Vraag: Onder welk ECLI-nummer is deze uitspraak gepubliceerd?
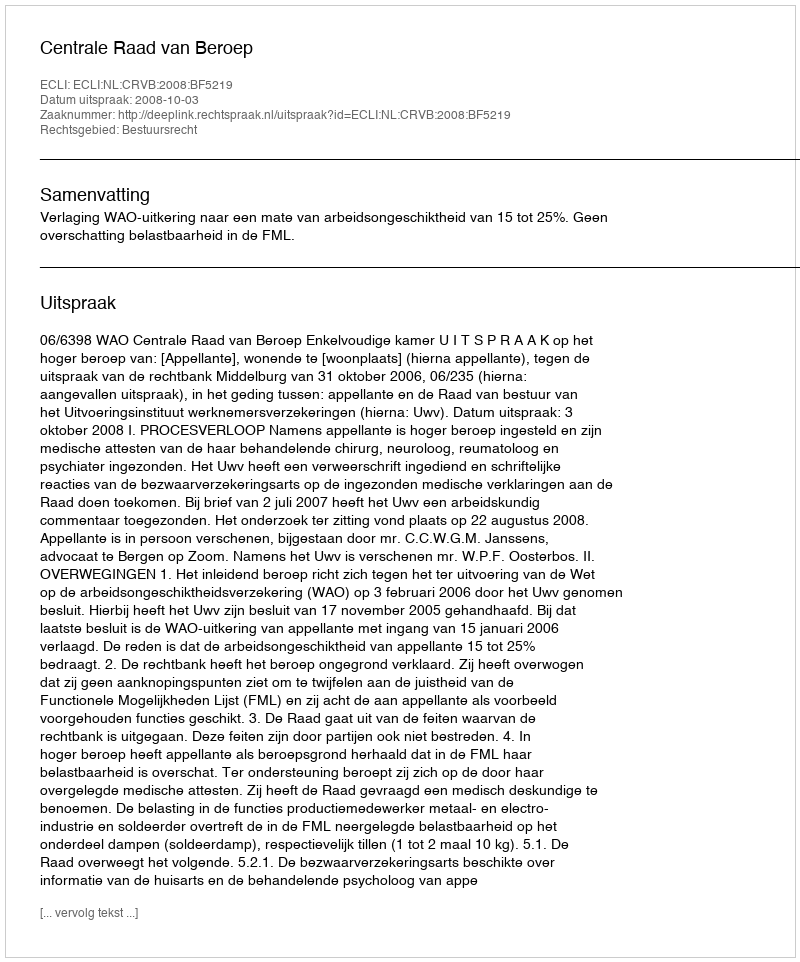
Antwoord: ECLI:NL:CRVB:2008:BF5219